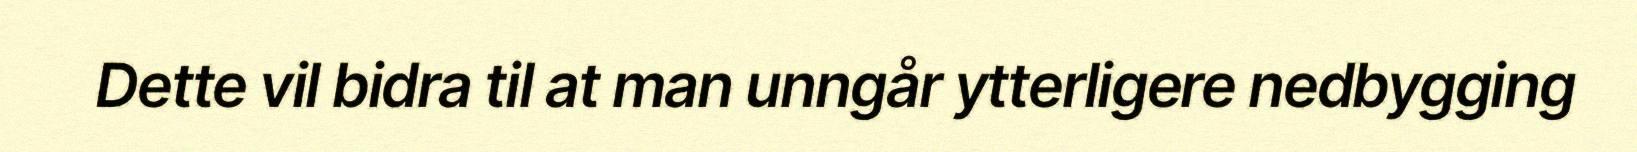
Dette vil bidra til at man unngår ytterligere nedbygging